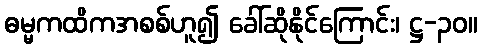
ဓမ္မကထိကအစစ်ဟူ၍ ခေါ်ဆိုနိုင်ကြောင်း၊ ဋ္ဌ-၃၀။